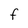
Character: F